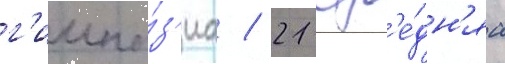
г'имна́з'иа / 21 ср'е́дн'яа